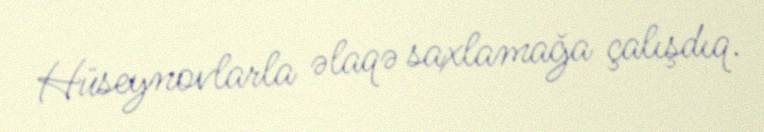
Hüseynovlarla əlaqə saxlamağa çalışdıq.